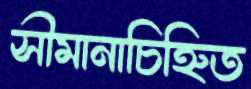
সীমানাচিহ্নিত